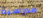
مدرسية